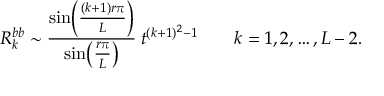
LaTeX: R _ { k } ^ { b b } \sim \frac { \sin \! \left( \frac { ( k + 1 ) r \pi } { L } \right) } { \sin \! \left( \frac { r \pi } { L } \right) } \: t ^ { ( k + 1 ) ^ { 2 } - 1 } \qquad k = 1 , 2 , \ldots , L - 2 .